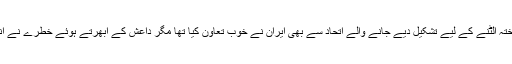
۲۰۰۱ء میں طالبان حکومت کا تختہ الٹنے کے لیے تشکیل دیے جانے والے اتحاد سے بھی ایران نے خوب تعاون کیا تھا مگر داعش کے ابھرتے ہوئے خطرے نے انہیں ہاتھ ملانے پر مجبور کردیا۔